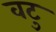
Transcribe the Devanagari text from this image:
वटु